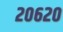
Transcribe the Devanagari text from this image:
२०६२०